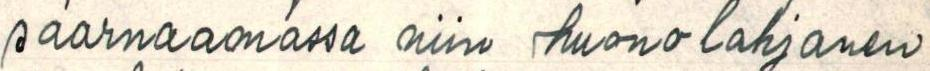
saarnaamassa niin huonolahjainen